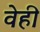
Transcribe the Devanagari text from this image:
वेही